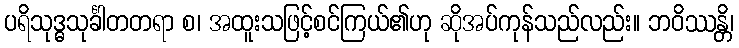
ပရိသုဒ္ဓသုင်္ခါတတရာ စ၊ အထူးသဖြင့်စင်ကြယ်၏ဟု ဆိုအပ်ကုန်သည်လည်း။ ဘဝိဿန္တိ၊